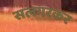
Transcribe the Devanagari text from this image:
सलगरकर